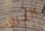
الحرق